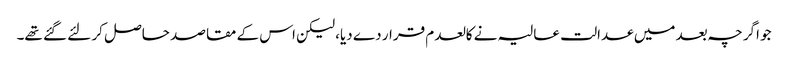
جو اگرچہ بعد میں عدالت عالیہ نے کالعدم قرار دے دیا، لیکن اس کے مقاصد حاصل کر لئے گئے تھے۔